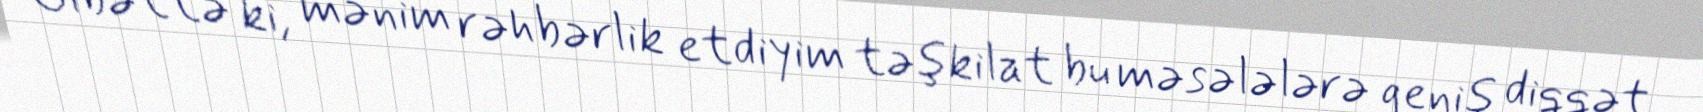
Əlbəttə ki, mənim rəhbərlik etdiyim təşkilat bu məsələlərə geniş diqqət